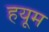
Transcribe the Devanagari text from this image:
हयूम